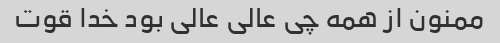
ممنون از همه چی عالی عالی بود خدا قوت